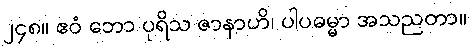
၂၄၈။ ဧဝံ ဘော ပုရိသ ဇာနာဟိ၊ ပါပဓမ္မာ အသညတာ။